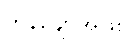
ကုန်ချောအဖြစ်